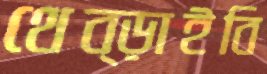
থেব্‌ড়াইবি